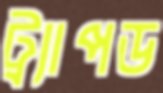
ট্র্যাপড